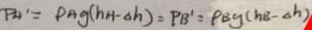
P H ^ { \prime } = P H g ( h H - \Delta h ) = P B ^ { \prime } = P B g ( h B - \Delta h )